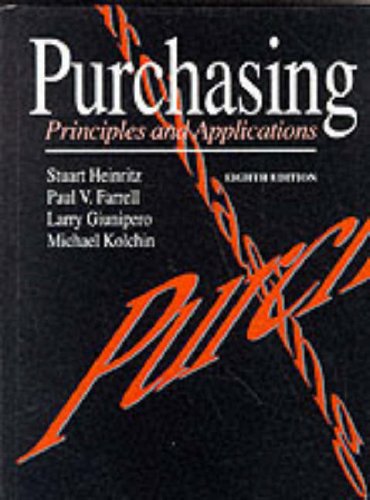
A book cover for Purchasing: Principles and Applications; Paul V. Farrell; Business & Money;